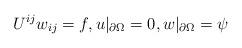
LaTeX: \begin{align*} U^{ij} w_{ij} = f, u|_{\partial \Omega} =0, w|_{\partial \Omega} = \psi\end{align*}